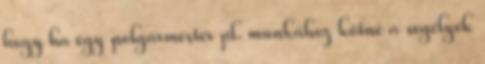
hogy ha egy polgármester pl. munkához kötné a segélyek